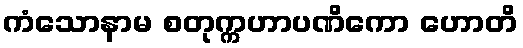
ကံသောနာမ စတုက္ကဟာပဏိကော ဟောတိ